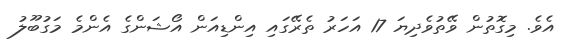
އެވެ. މިގޮތުން ވޭތުވެދިޔަ 17 އަހަރު ތެރޭގައި އިންޑިއަން އޯޝަންގެ އެންމެ މަގުބޫލު